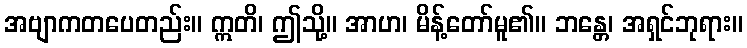
အဗျာကတပေတည်း။ ဣတိ၊ ဤသို့။ အာဟ၊ မိန့်တော်မူ၏။ ဘန္တေ၊ အရှင်ဘုရား။